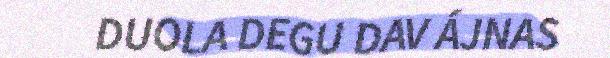
DUOLA DEGU DAV ÁJNAS